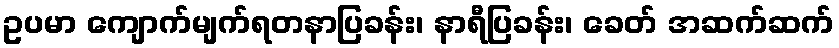
ဥပမာ ကျောက်မျက်ရတနာပြခန်း၊ နာရီပြခန်း၊ ခေတ် အဆက်ဆက်